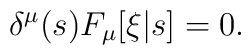
\delta^\mu(s) F_\mu[\xi|s] = 0.